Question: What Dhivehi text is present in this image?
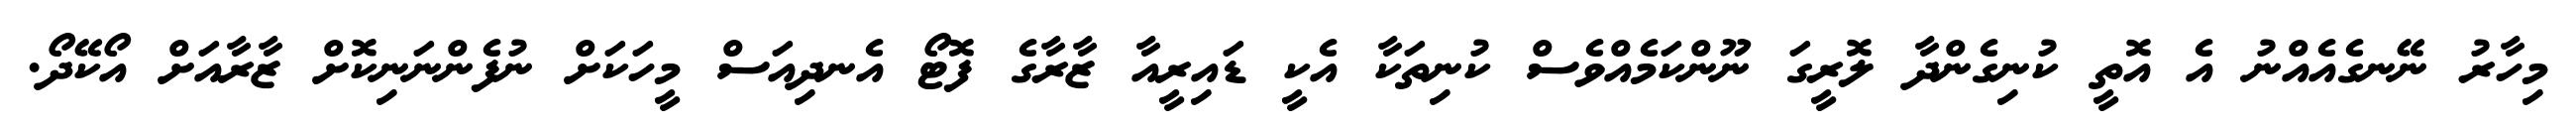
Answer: މިހާރު ނޭނގެއެއްނު އެ އޮތީ ކުނިގެންދާ ލޮރީގަ ނޫންކަމެއްވެސް ކުނިތަކާ އެކީ ޑައިރީއާ ޒާރާގެ ފޮޓޯ އެނދިއަސް މީހަކަށް ނުފެންނަނިކޮށް ޒާރާއަށް އޯކޭދޯ.